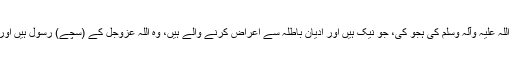
’’تم نے محمد مصطفی صلی اللہ علیہ وآلہ وسلم کی ہجو کی، جو نیک ہیں اور اَدیانِ باطلہ سے اِعراض کرنے والے ہیں، وہ اللہ عزوجل کے (سچے) رسول ہیں اور ان کی خصلت وفا کرنا ہے۔